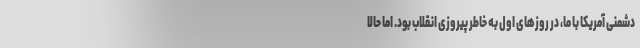
دشمنی آمریکا با ما، در روزهای اول به خاطر پیروزی انقلاب بود. اما حالا